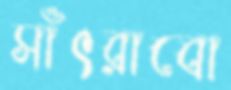
সাঁৎরাবো